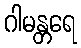
ဂါမန္တရေ